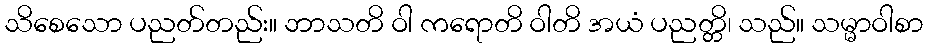
သိစေသော ပညတ်တည်း။ ဘာသတိ ဝါ ကရောတိ ဝါတိ အယံ ပညတ္တိ၊ သည်။ သမ္မာဝါစာ